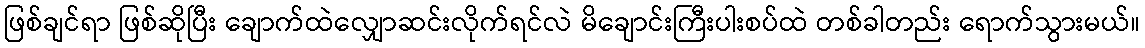
ဖြစ်ချင်ရာ ဖြစ်ဆိုပြီး ချောက်ထဲလျှောဆင်းလိုက်ရင်လဲ မိချောင်းကြီးပါးစပ်ထဲ တစ်ခါတည်း ရောက်သွားမယ်။